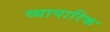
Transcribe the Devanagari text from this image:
व्‍यापारिक